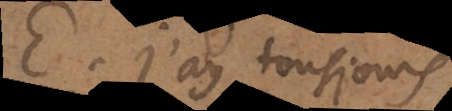
E. J’ay tousjours